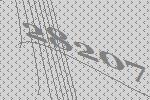
28207